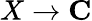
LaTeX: X\to\mathbf{C}